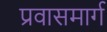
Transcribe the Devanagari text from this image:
प्रवासमार्ग